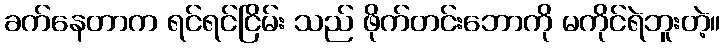
ခက်နေတာက ရင်ရင်ငြိမ်း သည် ဖိုက်တင်းဘောကို မကိုင်ရဲဘူးတဲ့။